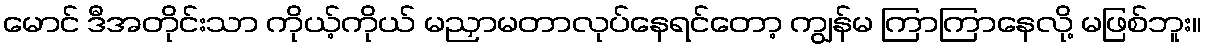
မောင် ဒီအတိုင်းသာ ကိုယ့်ကိုယ် မညှာမတာလုပ်နေရင်တော့ ကျွန်မ ကြာကြာနေလို့ မဖြစ်ဘူး။